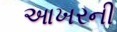
આખરની